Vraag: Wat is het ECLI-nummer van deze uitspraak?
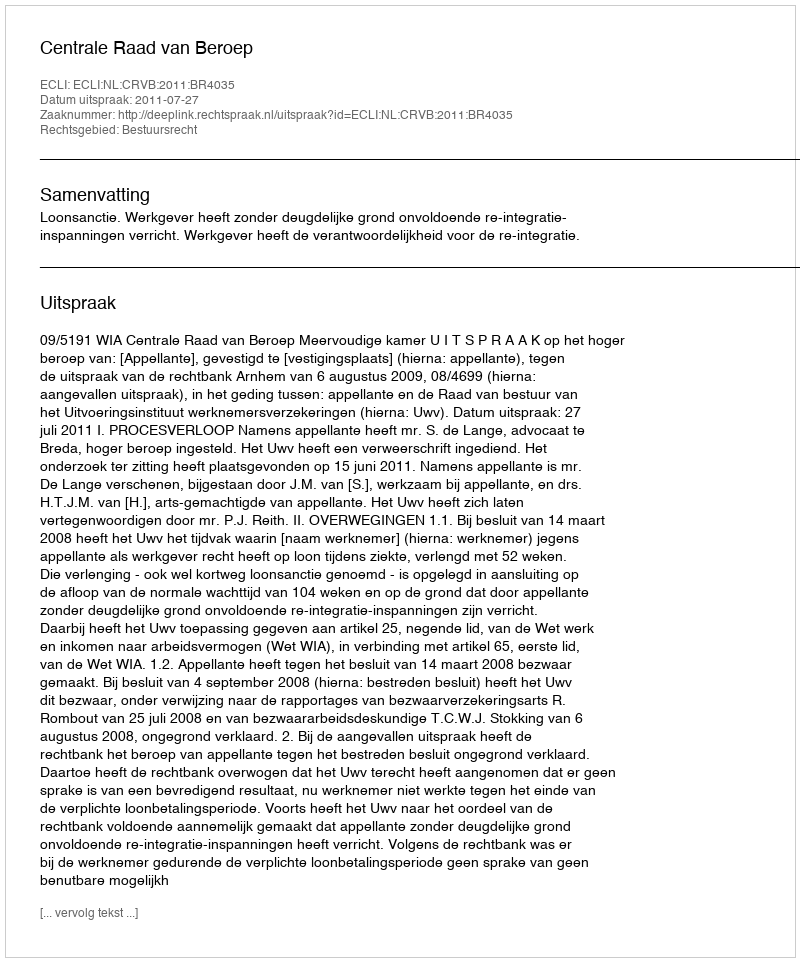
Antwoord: ECLI:NL:CRVB:2011:BR4035